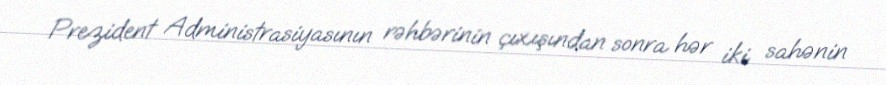
Prezident Administrasiyasının rəhbərinin çıxışından sonra hər iki sahənin